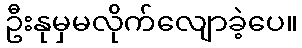
ဦးနုမှမလိုက်လျောခဲ့ပေ။